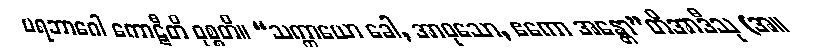
ပရဘာဂေါ ကောဋီတိ ဝုစ္စတိ။ “သက္ကာယော ခေါ, အာဝုသော, ဧကော အန္တော”တိအာဒီသု (အ။